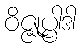
ဝိဇ္ဇုပ္ပါဒါ